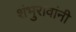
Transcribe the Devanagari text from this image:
शंभुरावांनी